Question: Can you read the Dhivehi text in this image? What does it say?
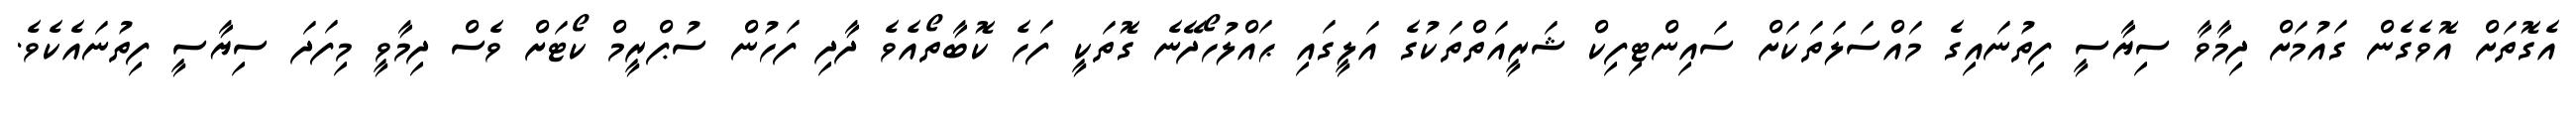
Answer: އެގޮތަށް އޮވެގެން ގައުމަށް ދިމާވާ ސިޔާސީ ފިތުނައިގެ މައްސަލަތަކަށް ސައިންޓިފިކް ޝަރީއަތްތަކުގެ އަލީގައި ޙައްލުހޯދޭނެ ގޮތަކީ ފަހެ ކޮބާތޯއެވެ ދާދި ފަހުން ސުޕްރީމް ކޯޓަށް ވެސް ދިމާވީ މިފަދަ ސިޔާސީ ފިތުނައެކެވެ.